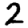
Digit: 2